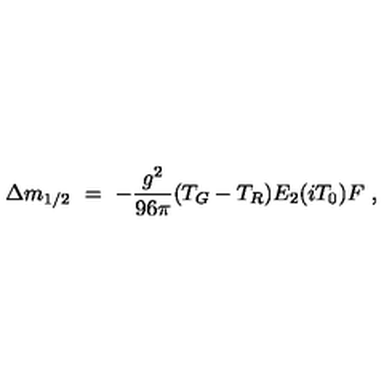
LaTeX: \Delta m _ { 1 / 2 } \ = \ - { \frac { g ^ { 2 } } { 9 6 \pi } } ( T _ { G } - T _ { R } ) E _ { 2 } ( i T _ { 0 } ) F \ ,